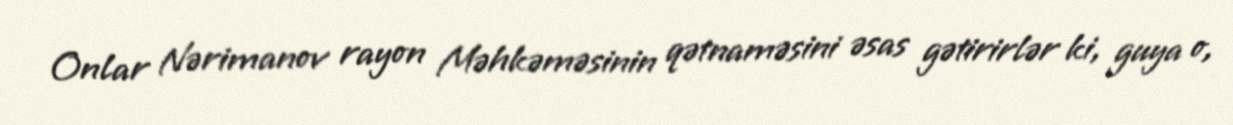
Onlar Nərimanov rayon Məhkəməsinin qətnaməsini əsas gətirirlər ki, guya o,